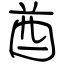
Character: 酋